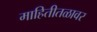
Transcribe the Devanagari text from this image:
माहितीतळावर